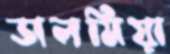
ডালমিয়া